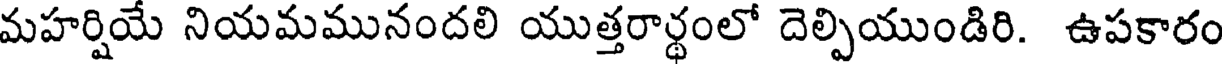
మహర్షియే నియమమునందలి యుత్తరార్థంలో దెల్పియుండిరి. ఉపకారం